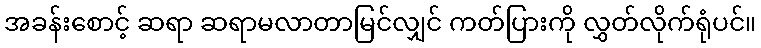
အခန်းစောင့် ဆရာ ဆရာမလာတာမြင်လျှင် ကတ်ပြားကို လွှတ်လိုက်ရုံပင်။